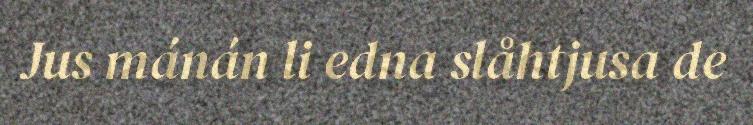
Jus mánán li edna slåhtjusa de